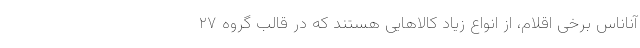
آناناس برخی اقلام، از انواع زیاد کالاهایی هستند که در قالب گروه ۲۷